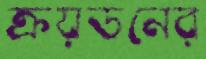
ক্রয়ডনের